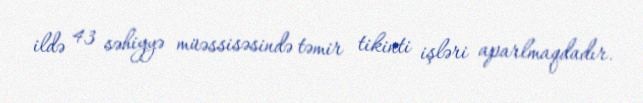
ildə 43 səhiyyə müəssisəsində təmir tikinti işləri aparlmaqdadır.